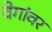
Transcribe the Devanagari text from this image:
वेगांवर